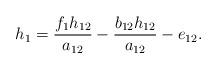
LaTeX: \begin{align*}h_1=\frac{f_1h_{12}}{a_{12}}-\frac{b_{12}h_{12}}{a_{12}}-e_{12}.\end{align*}